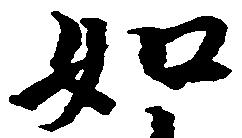
如